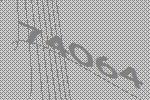
74064